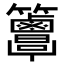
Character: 𥸖